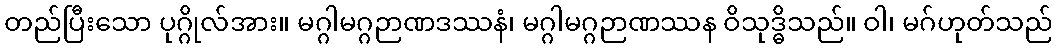
တည်ပြီးသော ပုဂ္ဂိုလ်အား။ မဂ္ဂါမဂ္ဂဉာဏဒဿနံ၊ မဂ္ဂါမဂ္ဂဉာဏဿန ဝိသုဒ္ဓိသည်။ ဝါ၊ မဂ်ဟုတ်သည်